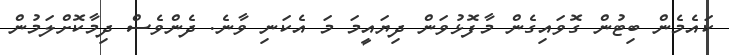
ކައެމެން ބިޓުން ގޮވައިގެން މާފޮޅުވަން ދިޔައީމަ މަ އެކަނި ވާނެ. ދެންވެސް ދިމާކޮށްލަމުން